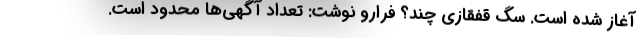
آغاز شده است. سگ قفقازی چند؟ فرارو نوشت: تعداد آگهی‌ها محدود است.